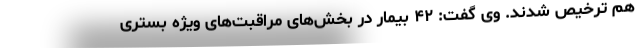
هم ترخیص شدند. وی گفت: ۴۲ بیمار در بخش‌های مراقبت‌های ویژه بستری